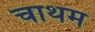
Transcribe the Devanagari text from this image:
चाथम